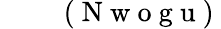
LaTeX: \begin{array}{rl}\end{array}\qquad\mathrm{~(~N~w~o~g~u~)~}